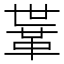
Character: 𩊈